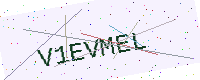
Text: V1EVMEL